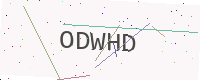
Text: ODWHD